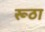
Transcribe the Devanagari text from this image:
रूठा